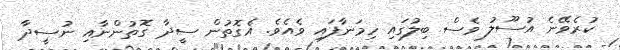
ކުރެވޭނެ އުސޫލު ވެސް ބިލުގައި ހިމަނާފައި ވެއެވެ. އެގޮތުން ސީދާ ގޮތުންނާއި ނުސީދާ